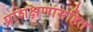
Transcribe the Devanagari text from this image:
प्रशिक्षणासहित